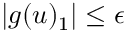
| g ( u ) _ { 1 } | \leq \epsilon